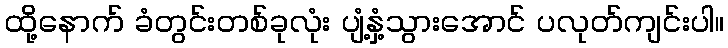
ထို့နောက် ခံတွင်းတစ်ခုလုံး ပျံ့နှံ့သွားအောင် ပလုတ်ကျင်းပါ။